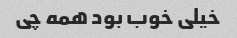
خیلی خوب بود همه چی